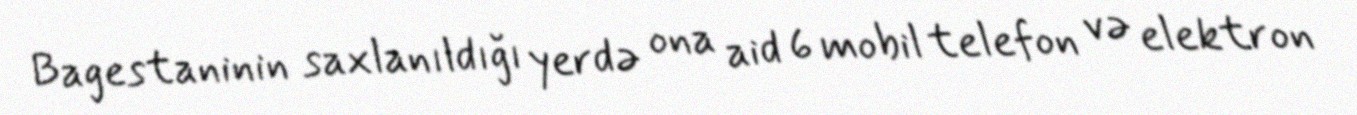
Bagestaninin saxlanıldığı yerdə ona aid 6 mobil telefon və elektron